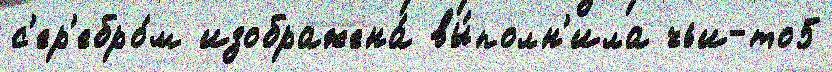
с'ер'ебро́м изображена́ вы́полн'ила чьи-то5